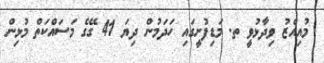
މުއިއްޒު ވިދާޅުވީ ތ. މަޑިފުށީގައި ހަދަމުން ދިޔަ 41 ގޭގެ މަސައްކަތް މުޅިން